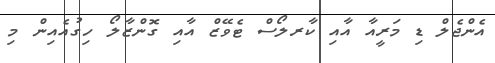
އެންޖެލް ޑި މަރީއާ އާއި ކާރލޯސް ޓެވޭޒް އާއި ގޮންޒާލޯ ހިގުއެއިން މި